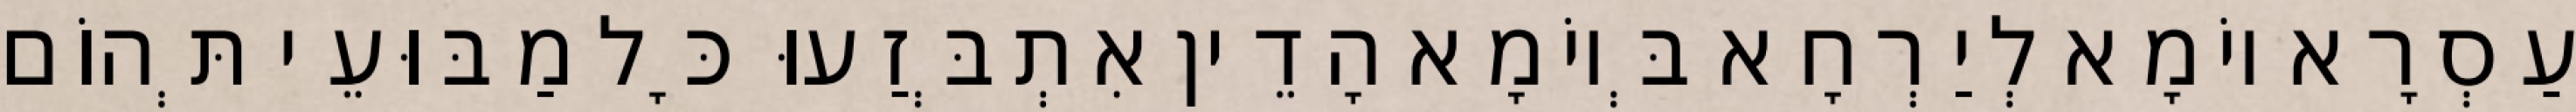
עַסְרָא יוֹמָא לְיַרְחָא בְּיוֹמָא הָדֵין אִתְבְּזַעוּ כָּל מַבּוּעֵי תְּהוֹם